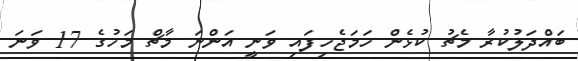
ބައްދަލުކުރާ މެޗު ކުޅެން ހަމަޖެހިފައި ވަނީ އަންނަ މާޗް މަހުގެ 17 ވަނަ